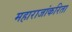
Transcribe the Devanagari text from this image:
महाराजांकरिता